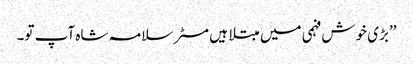
’’بڑی خوش فہمی میں مبتلا ہیں مسٹر سلامہ شاہ آپ تو۔